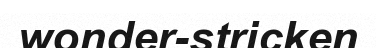
wonder-stricken